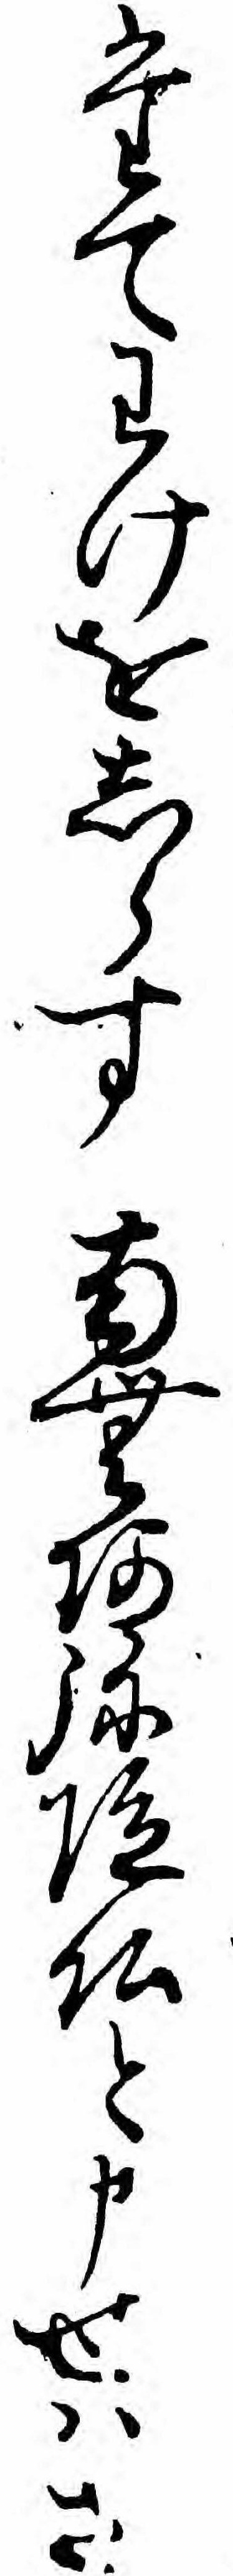
たてわけをしらす南無阿弥陀仏と申せハさ